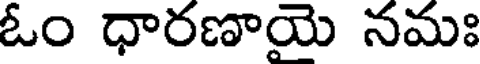
ఓం ధారణాయె నమః